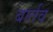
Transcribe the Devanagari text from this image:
बार्तव